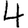
Digit: 4